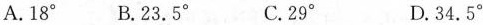
A. 18°B. 23.5° C. 29° D. 34.5°